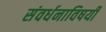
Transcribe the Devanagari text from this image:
संवर्धनाविषयी